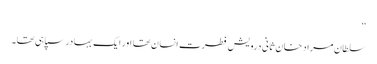
‘‘
سلطان مراد خان ثانی درویش فطرت انسان تھا اور ایک بہادر سپاہی تھا۔